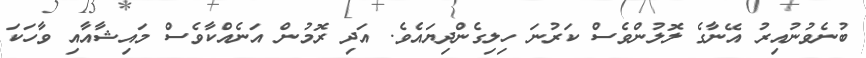
ބުނެވުނުއިރު އޭނާގެ ލޮލުންވެސް ކަރުނަ ހިލިގެންދިޔައެވެ. އަދި ރޮމުން އަނެއްކާވެސް މައިޝާއާއި ވާހަކަ